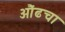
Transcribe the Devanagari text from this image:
औंढचा